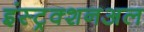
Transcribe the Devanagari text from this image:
इंस्ट्रक्शनअल